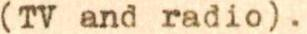
(TV and radio).